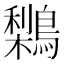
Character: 𪅌